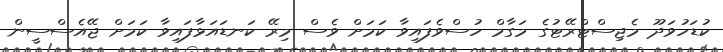
ކުޑަހުވަދޫ މެޖިސްޓްރޭޓުގެ މަގާމް ހުސްވެފައިވާ ކަމަށް ވެސް މިރޭ ކަނޑައަޅާފައިވާ ކަމަށް ޖޭއެސްސީން